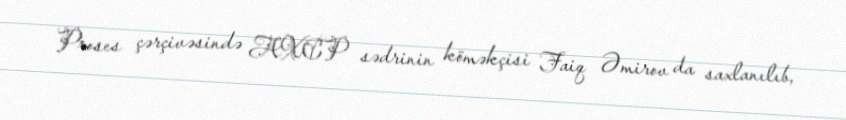
Proses çərçivəsində AXCP sədrinin köməkçisi Faiq Əmirov da saxlanılıb,